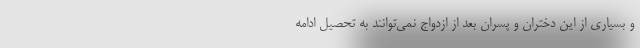
و بسیاری از این دختران و پسران بعد از ازدواج نمی‌توانند به تحصیل ادامه